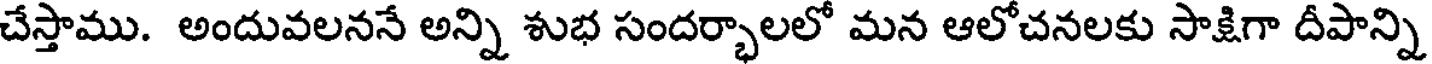
చేస్తాము. అందువలననే అన్ని శుభ సందర్భాలలో మన ఆలోచనలకు సాక్షిగా దీపాన్ని